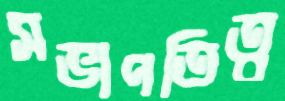
সভাপতিত্ব